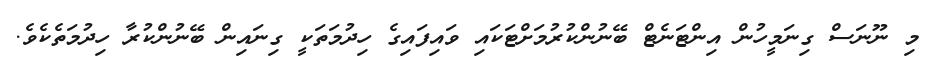
މި ނޫނަސް ގިނަމީހުން އިންޓަނެޓް ބޭނުންކުރުމަށްޓަކައި ވައިފައިގެ ހިދުމަތަކީ ގިނައިން ބޭނުންކުރާ ހިދުމަތެކެވެ.